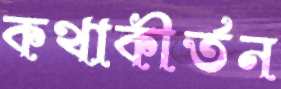
কথাকীর্তন